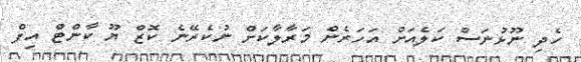
ހެދި ނޫޅުނަސް ކަލެއަށް އަހަރެން މަރާލާކަށް ނުކެރޭނެ ކޮޒް ޔޫ ކާންޓް އިފް